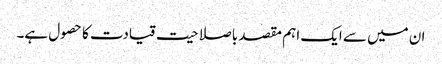
ان میں سے ایک اہم مقصد باصلاحیت قیادت کا حصول ہے۔